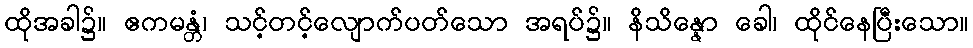
ထိုအခါ၌။ ဧကမန္တံ၊ သင့်တင့်လျောက်ပတ်သော အရပ်၌။ နိသိန္နော ခေါ၊ ထိုင်နေပြီးသော။